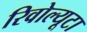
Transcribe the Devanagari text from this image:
रिवोल्यूटा